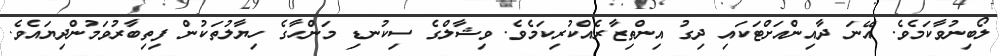
ލޯބިނުވާކަމެވެ. އޭނަ ދާއިންއަށްޓަކައި ދިގު އިންތިޒާރެއްކުރިކަމެވެ. ވިޝާލްގެ ސިކުނޑި މަންހާގެ ހިޔާލުތަކުން ފިތިބާރުވަމުންދިޔައެވެ.